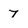
Character: 7